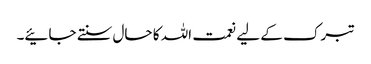
تبرک کے لیے نعمت اللہ کا حال سنتے جائیے۔